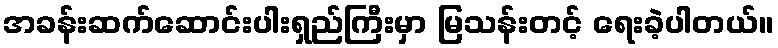
အခန်းဆက်ဆောင်းပါးရှည်ကြီးမှာ မြသန်းတင့် ရေးခဲ့ပါတယ်။